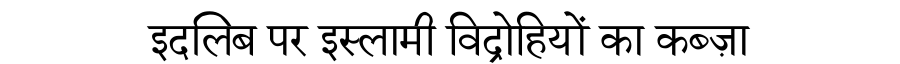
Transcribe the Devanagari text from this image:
इदलिब पर इस्लामी विद्रोहियों का कब्ज़ा